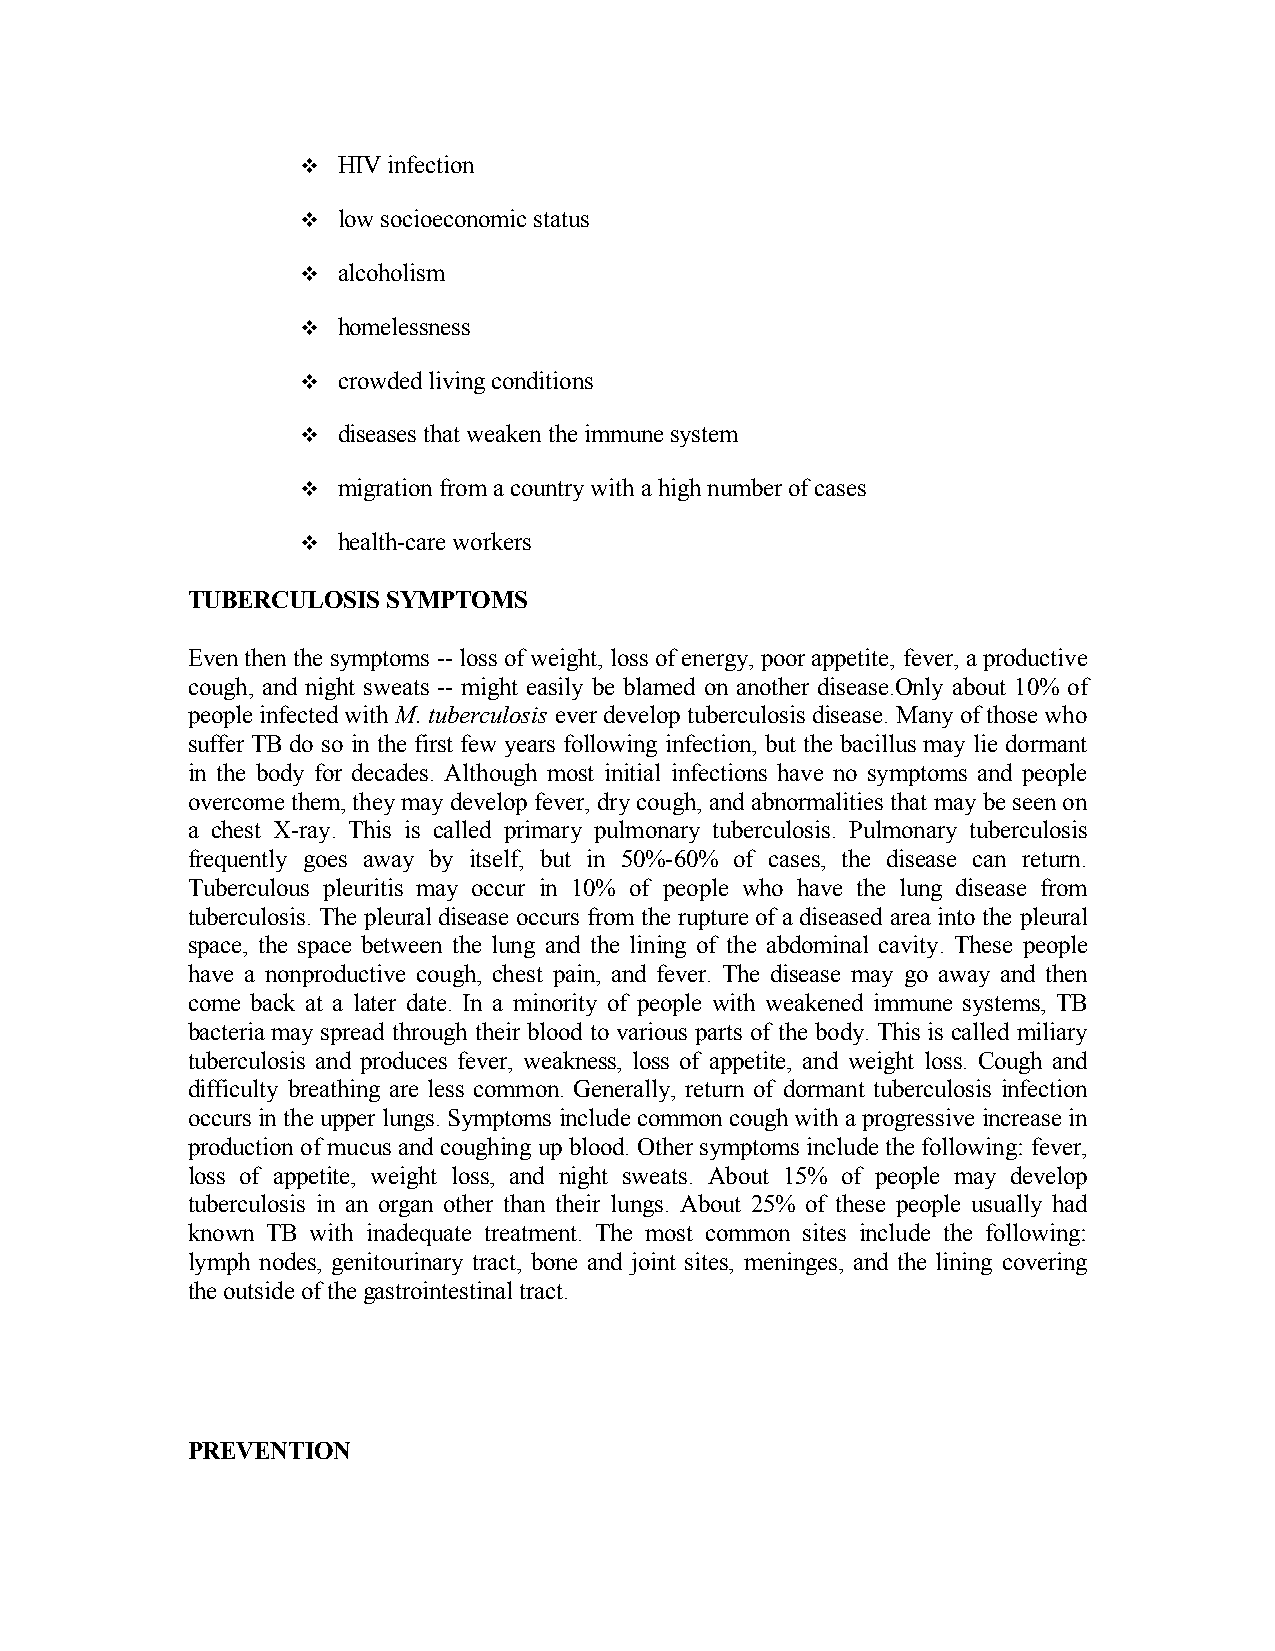
 HIV infection
  low socioeconomic status
  alcoholism
  homelessness
  crowded living conditions
  diseases that weaken the immune system
  migration from a country with a high number of cases
  health-care workers
 TUBERCULOSIS  SYMPTOMS
 Even then the symptoms -- loss of weight, loss of energy, poor appetite, fever, a productive
 cough, and night sweats -- might easily be blamed on another disease.Only about 10% of
 people infected with M. tuberculosis ever develop tuberculosis disease. Many of those who
 suffer TB do so in the first few years following infection, but the bacillus may lie dormant
 in the body for decades. Although most initial infections have no symptoms and people
 overcome them, they may develop fever, dry cough, and abnormalities that may be seen on
 a chest X-ray. This is called primary pulmonary tuberculosis. Pulmonary tuberculosis
 frequently goes away by itself, but in 50%-60% of cases, the disease can return.
 Tuberculous pleuritis may occur in 10% of people who have the lung disease from
 tuberculosis. The pleural disease occurs from the rupture of a diseased area into the pleural
 space, the space between the lung and the lining of the abdominal cavity. These people
 have a nonproductive cough, chest pain, and fever. The disease may go away and then
 come back at a later date. In a minority of people with weakened immune systems, TB
 bacteria may spread through their blood to various parts of the body. This is called miliary
 tuberculosis and produces fever, weakness, loss of appetite, and weight loss. Cough and
 difficulty breathing are less common. Generally, return of dormant tuberculosis infection
 occurs in the upper lungs. Symptoms include common cough with a progressive increase in
 production of mucus and coughing up blood. Other symptoms include the following: fever,
 loss of appetite, weight loss, and night sweats. About 15% of people may develop
 tuberculosis in an organ other than their lungs. About 25% of these people usually had
 known TB with inadequate treatment. The most common sites include the following:
 lymph nodes, genitourinary tract, bone and joint sites, meninges, and the lining covering
 the outside of the gastrointestinal tract.
 PREVENTION